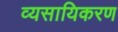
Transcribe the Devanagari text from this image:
व्यसायिकरण